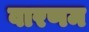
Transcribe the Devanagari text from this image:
वारणम